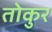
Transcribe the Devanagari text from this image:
तोकुर